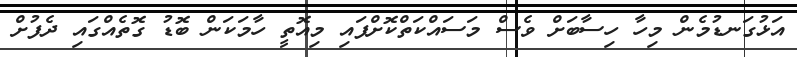
އަޅުގަނޑުމެން މިހާ ހިސާބަށް ވެސް މަސައްކަތްކޮށްފައި މިއޮތީ ހާމަކަން ބޮޑު ގޮތެއްގައި ދެފުށް